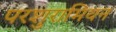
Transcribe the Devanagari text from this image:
परशुरामियन